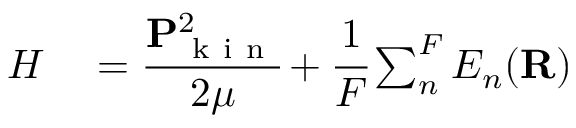
\begin{array} { r l } { H } & { { } = \cfrac { \mathbf { P } _ { \mathrm { ~ k ~ i ~ n ~ } } ^ { 2 } } { 2 \mu } + \cfrac { 1 } { F } \sum _ { n } ^ { F } E _ { n } ( \mathbf { R } ) } \end{array}